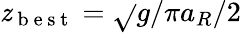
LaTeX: \mathit{z}_{\mathrm{{~b~e~s~t~}}}=\sqrt{}{{g/\pi}}a_{R}/2